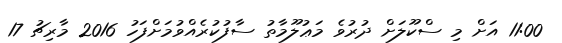
11:00 އަށް މި ސްކޫލަށް ދުރުވެ މަޢުލޫމާތު ސާފުކުރެއްވުމަށްފަހު 2016 މާރިޗު 17